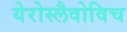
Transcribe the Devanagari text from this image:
येरोस्लैवोविच